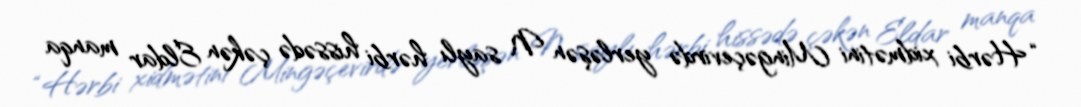
“Hərbi xidmətini Mingəçevirdə yerləşən N saylı hərbi hissədə çəkən Eldar manqa